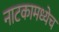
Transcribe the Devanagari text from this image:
नाटकामध्येच